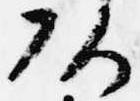
頭